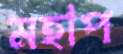
মহাপ